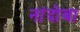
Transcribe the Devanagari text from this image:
नांदोबा